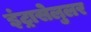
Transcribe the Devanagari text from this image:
इंट्रासेलुलर